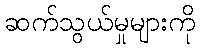
ဆက်သွယ်မှုများကို